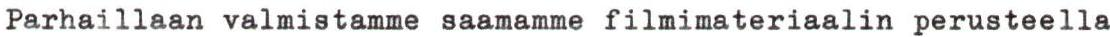
Parhaillaan valmistamme saamamme filmimateriaalin perusteella